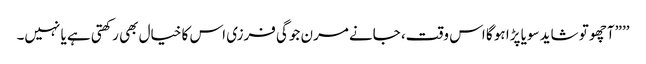
’’”آچھو تو شاید سویا پڑا ہو گا اس وقت، جانے مرن جوگی فرزی اس کا خیال بھی رکھتی ہے یا نہیں۔